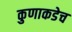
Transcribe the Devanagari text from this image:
कुणाकडेच